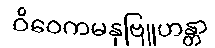
ဝိဝေကမနုဗြူဟန္တာ